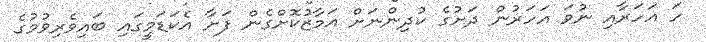
ހަ އަހަރާއި ނުވަ އަހަރުން ދަށުގެ ކުދިންނަށް އަމާޒުކޮށްގެން ފަށާ އެކަޑަމީގައި ބައިވެރިވުމުގެ